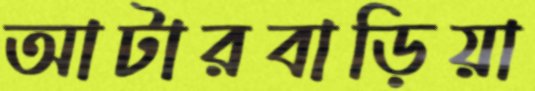
আটারবাড়িয়া